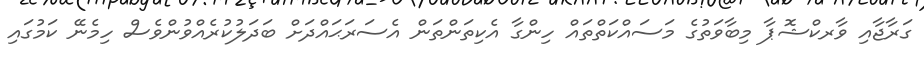
ގަރާޖާއި ވާރކްޝޮޕާ މިބާވަތުގެ މަސައްކަތްތައް ހިންގާ އެކިތަންތަން އެސަރަޙައްދަށް ބަދަލުކުރެއްވުންވެސް ހިމެނޭ ކަމުގައި